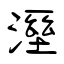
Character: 溼